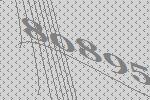
80895